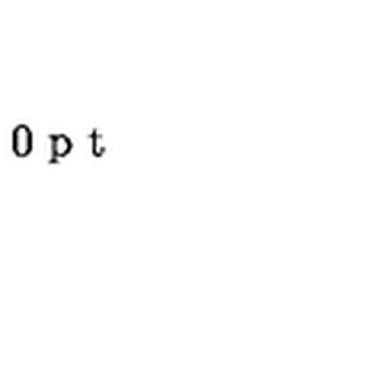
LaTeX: \vspace { 3 0 p t } \special { p s f i l e = 3 - 5 . p s }